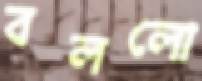
বললো